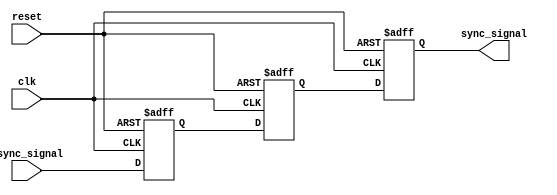
module triple_ff_synchronizer (
    input wire async_signal,  // Asynchronous input signal
    input wire clk,           // Clock signal from the receiving clock domain
    input wire reset,         // Optional reset signal
    output reg sync_signal     // Synchronized output signal
);

    // Intermediate signals for the flip-flops
    reg ff1_out, ff2_out;

    // First flip-flop (FF1)
    always @(posedge clk or posedge reset) begin
        if (reset) begin
            ff1_out <= 1'b0;  // Initialize to known state on reset
        end else begin
            ff1_out <= async_signal;  // Sample async_signal
        end
    end

    // Second flip-flop (FF2)
    always @(posedge clk or posedge reset) begin
        if (reset) begin
            ff2_out <= 1'b0;  // Initialize to known state on reset
        end else begin
            ff2_out <= ff1_out;  // Sample output of FF1
        end
    end

    // Third flip-flop (FF3)
    always @(posedge clk or posedge reset) begin
        if (reset) begin
            sync_signal <= 1'b0;  // Initialize to known state on reset
        end else begin
            sync_signal <= ff2_out;  // Sample output of FF2
        end
    end

endmodule